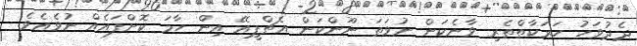
ދެދުވަހު ހަރަކާތްތެރި ވާނެކަން ނުވަތަ ނޫންކަން އެޗްޕީއޭ އިން ހާމަ ކޮށްފައެއް ނުވެއެވެ.